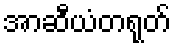
အာဆီယံတရုတ်